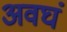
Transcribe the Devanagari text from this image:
अवघं